Ministerio: exteriores — Archivo: AGMAE-40201
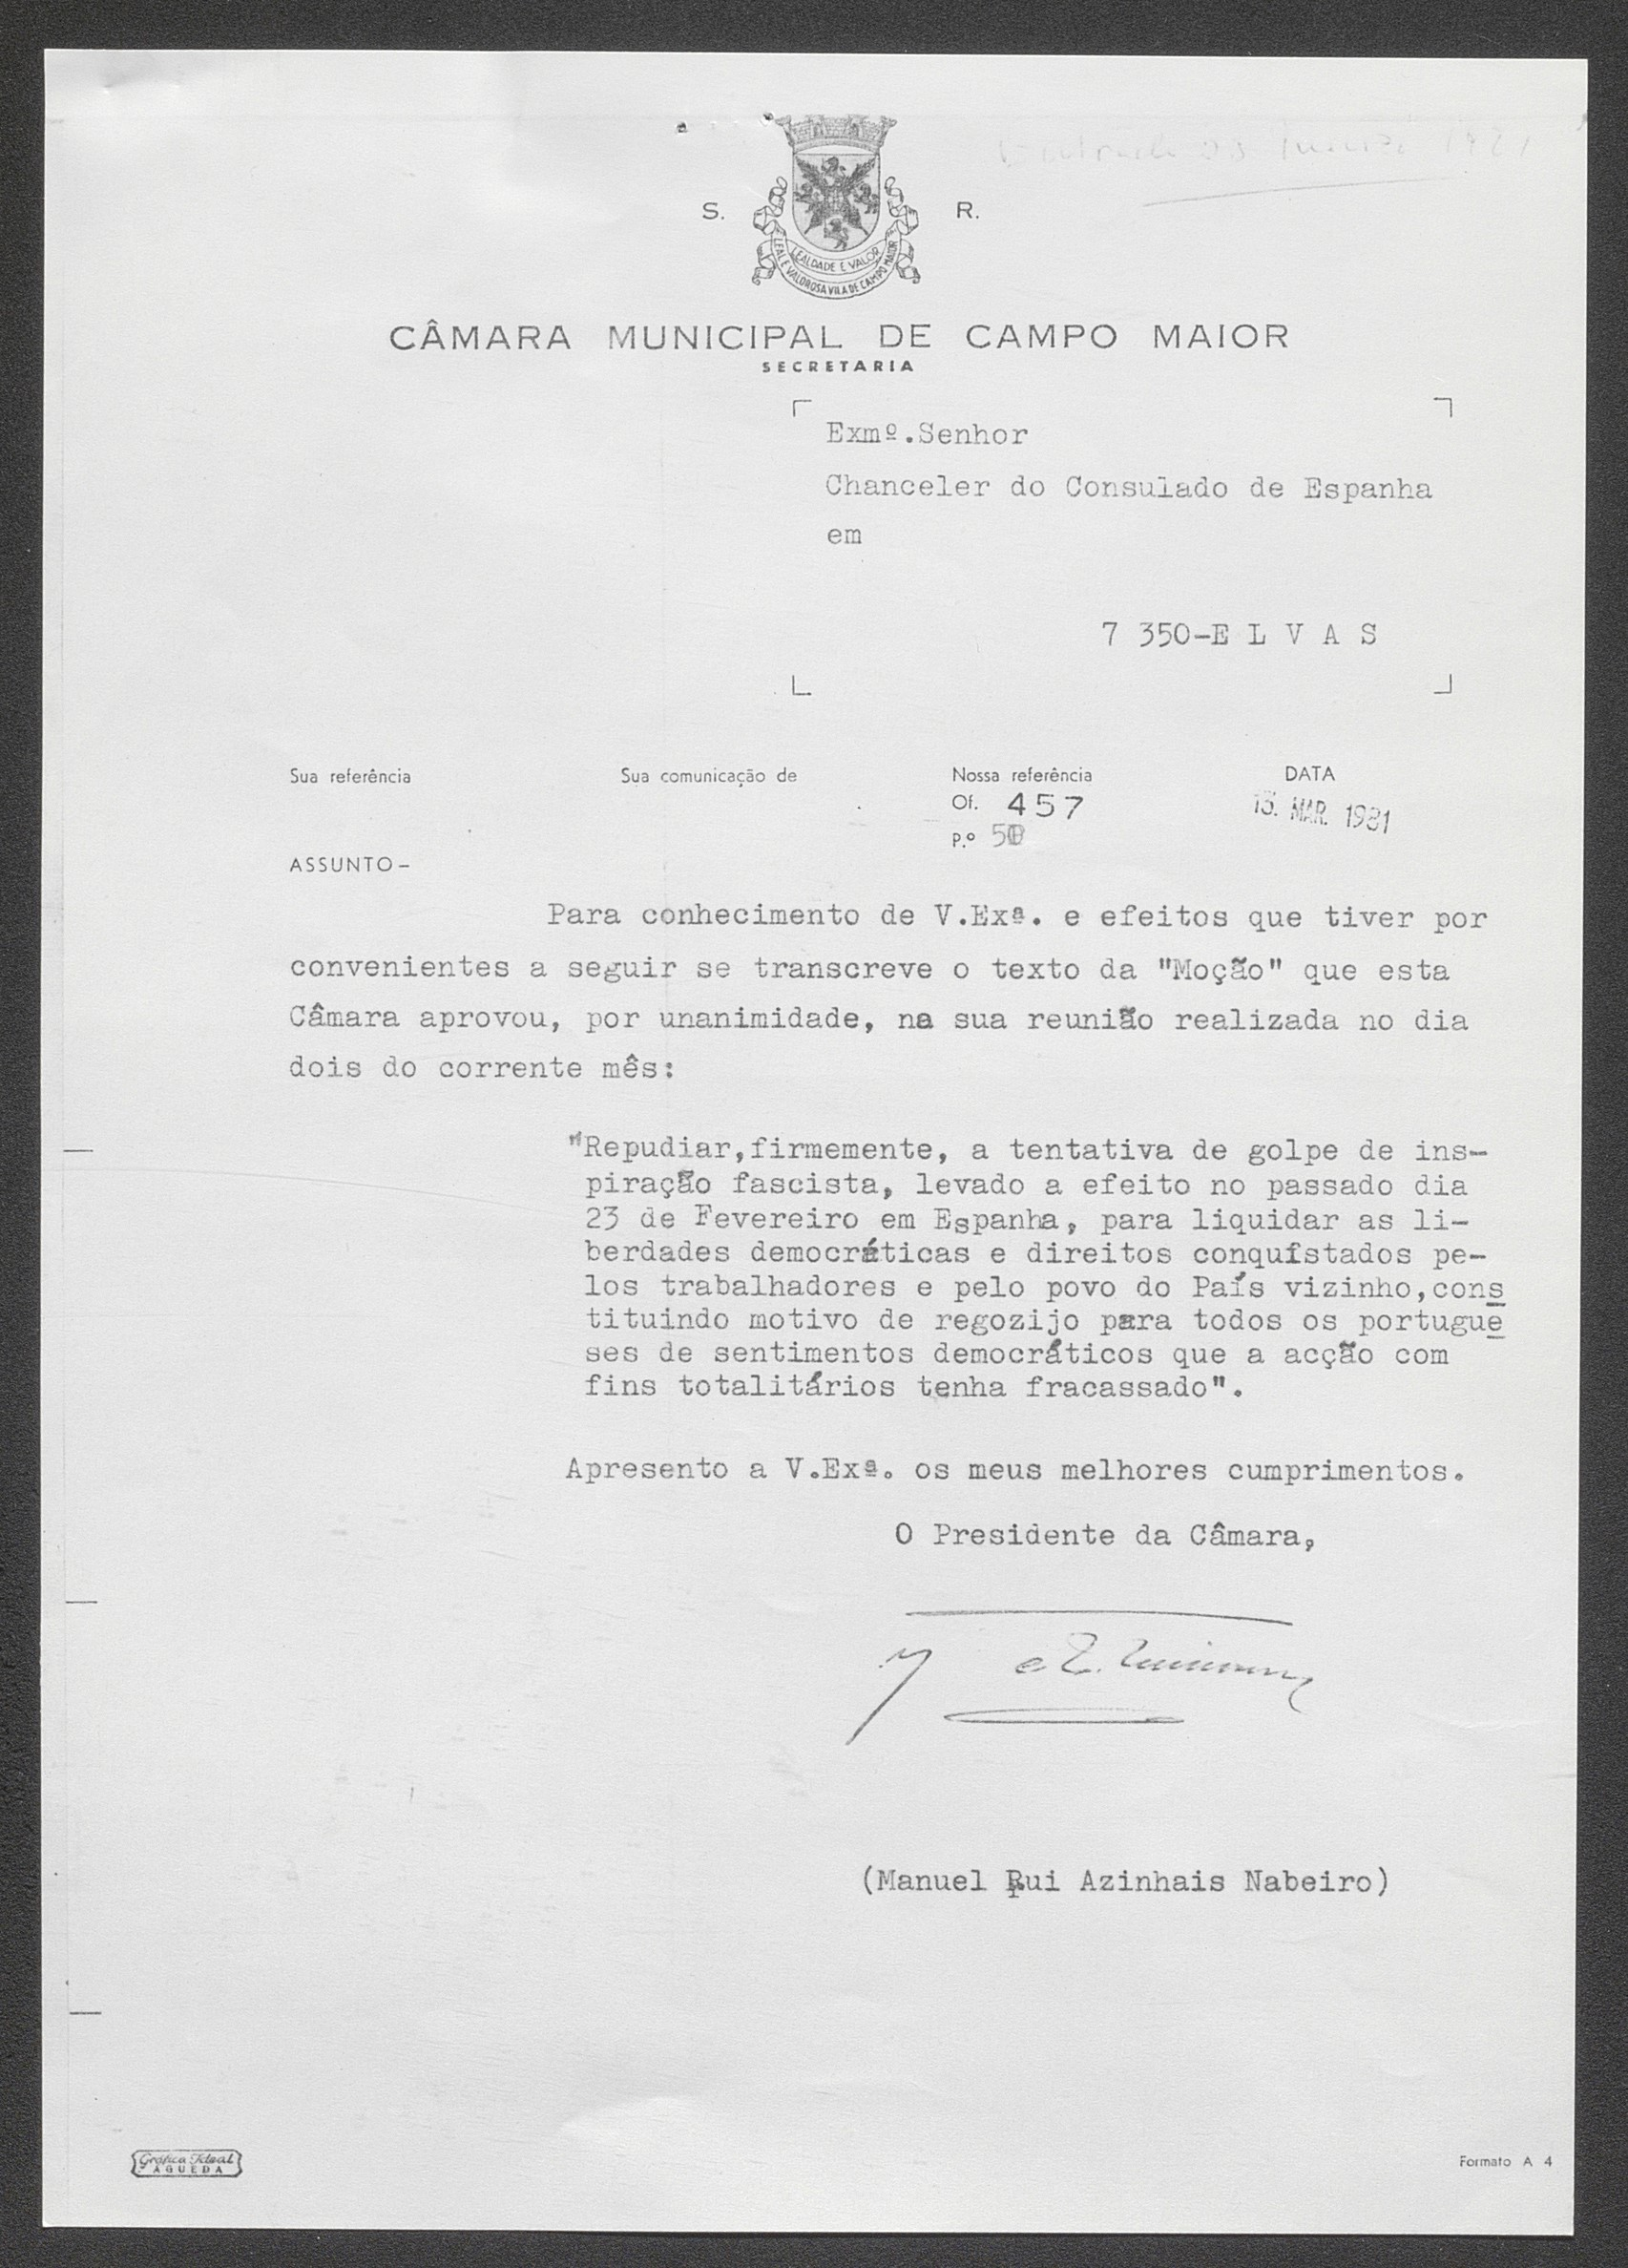
S. R.
CÂMARA MUNICIPAL DE CAMPO MAIOR
SECRETARIA

Exmº.Senhor
Chanceler do Consulado de Espanha
em

7 350-E L V A S

Sua referência
Sua comunicação de
Nossa referência
Of. 457
p.º 50

DATA
13. MAR. 1931

ASSUNTO -
Para conhecimento de V.Exª. e efeito no passado dia
tituiendo motivo de regozijo para todos os portugues
fins totalitários tenha fracassado".

(Manuel Rui Azinhhais Nabeiro)